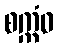
စက္ကံဝ